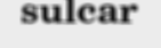
sulcar